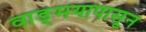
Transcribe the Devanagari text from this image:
वाङ्‌मयापासून